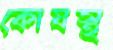
কোষস্থ